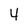
Character: 4